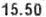
15.50